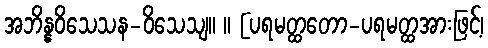
အဘိန္နဝိသေသန-ဝိသေသျ။ ။ [ပရမတ္ထတော-ပရမတ္ထအားဖြင့်၊